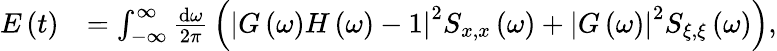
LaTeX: \begin{array}{rl}{E\left(t\right)}&{=\int_{-\infty}^{\infty}\frac{\mathrm{d}\omega}{2\pi}\, \left(\left|G\left(\omega\right)H\left(\omega\right)-1\right|^{2}S_{x,x}\left(\omega\right)+\left|G\left(\omega\right)\right|^{2}S_{\xi,\xi}\left(\omega\right)\right),}\end{array}